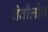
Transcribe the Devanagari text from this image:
बेवीलोन